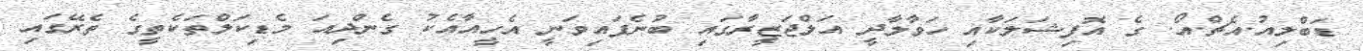
ޑަބްލިއު.އެޗް.އޯ. ގެ އޮފިޝަލަކާއި ހަވާލާދީ އަލްޖަޒީރާގައި ބުނެފައިވަނީ އެހީއާއެކު ގެންދިއަ މެޑިކަލްތަކެތީގެ ތެރޭގައި